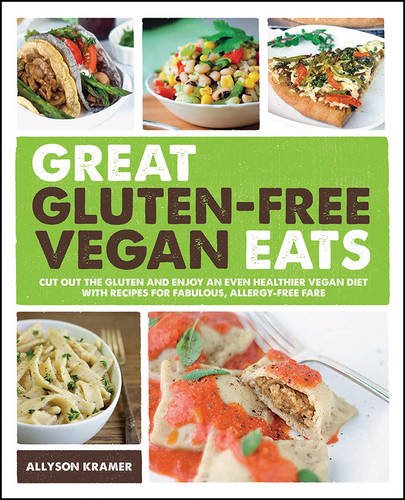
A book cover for Great Gluten-Free Vegan Eats: Cut Out the Gluten and Enjoy an Even Healthier Vegan Diet with Recipes for Fabulous, Allergy-Free Fare; Allyson Kramer; Cookbooks, Food & Wine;